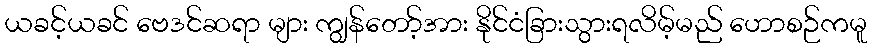
ယခင့်ယခင် ဗေဒင်ဆရာ များ ကျွန်တော့်အား နိုင်ငံခြားသွားရလိမ့်မည် ဟောစဉ်ကမူ